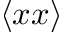
\langle x x \rangle